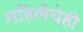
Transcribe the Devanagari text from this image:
महिलेचेही